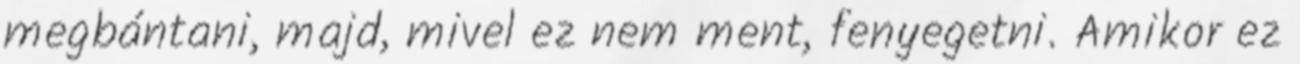
megbántani, majd, mivel ez nem ment, fenyegetni. Amikor ez